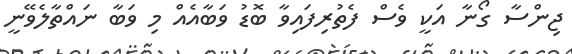
ޖިންސާ ގޯނާ އަކީ ވެސް ފެތުރިފައިވާ ބޮޑު ވަބާއެއް މި ވަބާ ނައްތާލެވޭނީ